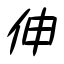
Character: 伸